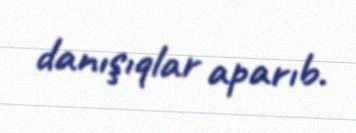
danışıqlar aparıb.